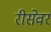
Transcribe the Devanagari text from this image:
रीसेवर